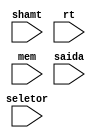
module Mux_6(
  input wire [2:0] seletor,
  input wire [4:0] shamt,
  input wire [4:0] rt,
  input wire [4:0] mem,
  input wire [4:0] saida
);
parameter dois = 5'b0010;
parameter dezeseis = 5'b10000;

wire [4:0] W1;
wire [4:0] W2;
wire [4:0] W3;
assign W3 = (seletor == 3'b011) ? shamt :mem;
assign W2 = (seletor == 3'b010) ? dezeseis : W3;
assign W1 = (seletor == 3'b001) ? rt: W2;
assign saida = (seletor == 3'b000) ? dois : W1;
endmodule